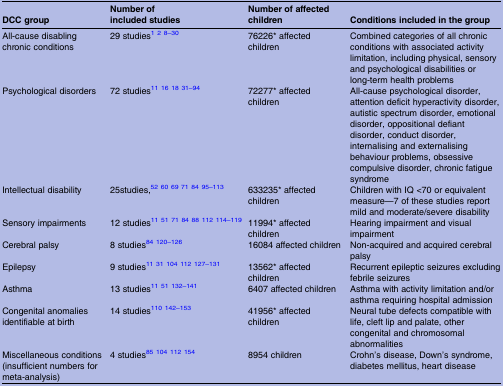
<table><thead><tr><td><b>DCC group</b></td><td><b>Number of included studies</b></td><td><b>Number of affected children</b></td><td><b>Conditions included in the group</b></td></tr></thead><tbody><tr><td>All-cause disabling chronic conditions</td><td>29 studies128–30</td><td>76226* affected children</td><td>Combined categories of all chronic conditions with associated activity limitation, including physical, sensory and psychological disabilities or long-term health problems</td></tr><tr><td>Psychological disorders</td><td>72 studies11161831–94</td><td>72277* affected children</td><td>All-cause psychological disorder, attention deficit hyperactivity disorder, autistic spectrum disorder, emotional disorder, oppositional defiant disorder, conduct disorder, internalising and externalising behaviour problems, obsessive compulsive disorder, chronic fatigue syndrome</td></tr><tr><td>Intellectual disability</td><td>25studies,526069718495–113</td><td>633235* affected children</td><td>Children with IQ &lt;70 or equivalent measure—7 of these studies report mild and moderate/severe disability</td></tr><tr><td>Sensory impairments</td><td>12 studies1151718488112114–119</td><td>11994* affected children</td><td>Hearing impairment and visual impairment</td></tr><tr><td>Cerebral palsy</td><td>8 studies84120–126</td><td>16084 affected children</td><td>Non-acquired and acquired cerebral palsy</td></tr><tr><td>Epilepsy</td><td>9 studies1131104112127–131</td><td>13562* affected children</td><td>Recurrent epileptic seizures excluding febrile seizures</td></tr><tr><td>Asthma</td><td>13 studies1151132–141</td><td>6407 affected children</td><td>Asthma with activity limitation and/or asthma requiring hospital admission</td></tr><tr><td>Congenital anomalies identifiable at birth</td><td>14 studies110142–153</td><td>41956* affected children</td><td>Neural tube defects compatible with life, cleft lip and palate, other congenital and chromosomal abnormalities</td></tr><tr><td>Miscellaneous conditions (insufficient numbers for meta-analysis)</td><td>4 studies85104112154</td><td>8954 children</td><td>Crohn's disease, Down's syndrome, diabetes mellitus, heart disease</td></tr></tbody></table>